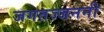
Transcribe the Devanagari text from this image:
जगतज्जननी